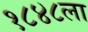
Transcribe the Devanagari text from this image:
१८४८ला